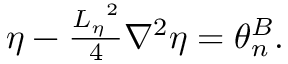
\begin{array} { r } { \eta - \frac { { L _ { \eta } } ^ { 2 } } { 4 } \nabla ^ { 2 } { \eta } = \theta _ { n } ^ { B } . } \end{array}